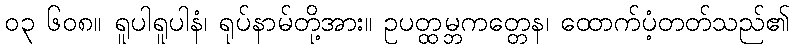
၀၃ ၆၀၈။ ရူပါရူပါနံ၊ ရုပ်နာမ်တို့အား။ ဥပတ္ထမ္ဘကတ္တေန၊ ထောက်ပံ့တတ်သည်၏